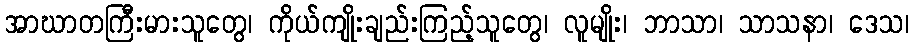
အာဃာတကြီးမားသူတွေ၊ ကိုယ်ကျိုးချည်းကြည့်သူတွေ၊ လူမျိုး၊ ဘာသာ၊ သာသနာ၊ ဒေသ၊